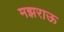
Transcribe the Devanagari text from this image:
मझराऊ